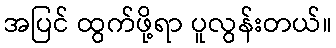
အပြင် ထွက်ဖို့ရာ ပူလွန်းတယ်။